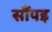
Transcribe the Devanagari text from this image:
सौंपइ